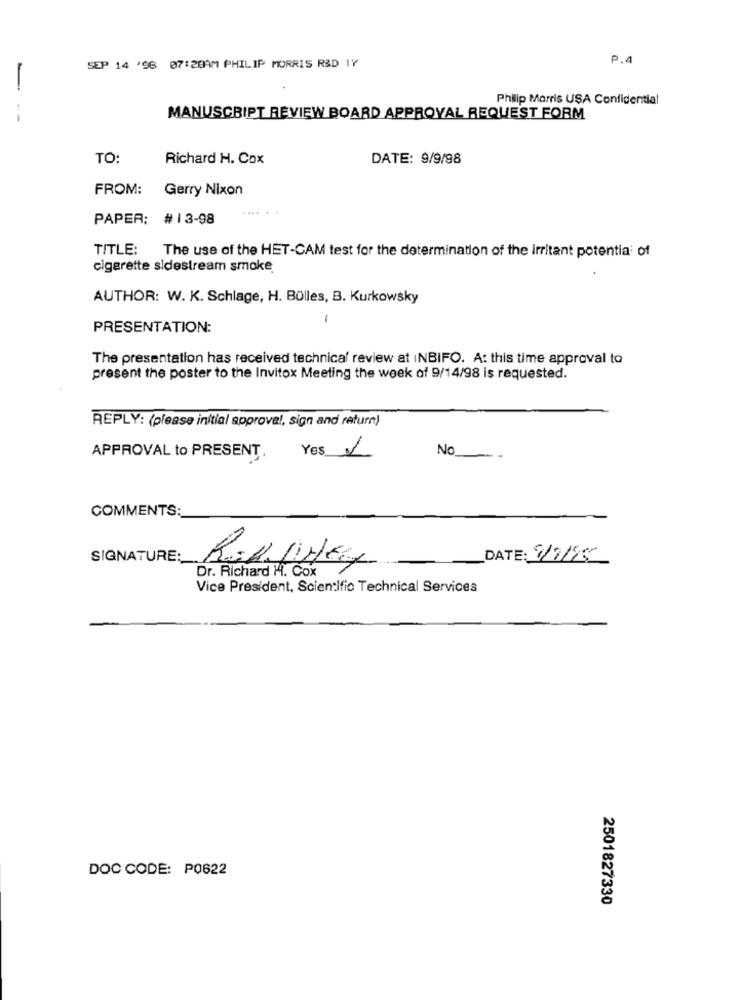
P.4
SEP 14 '96 07:20AM PHILIP MORRIS R&D IY
Philip Morris USA Confidential
--
MANUSCRIPT REVIEW BOARD APPROVAL REQUEST FORM
TO:
Richard H. Cox
DATE: 9/9/98
FROM:
Gerry Nixon
PAPER: #13-98
TITLE: The use of the HET-CAM test for the determination of the irritant potential of
cigarette sidestream smoke
AUTHOR: W. K. Schlage, H. Bülles, B. Kurkowsky
-
PRESENTATION:
The presentation has received technical review at INBIFO. A: this time approval to
present the poster to the Invitox Meeting the week of 9/14/98 is requested.
REPLY: (please initial approval, sign and return)
Yes 1
No_
APPROVAL to PRESENT.
COMMENTS:
SIGNATURE:
DATE: 1/7/95
Dr. Richard H. Cox
Vice President, Scientific Technical Services
DOC CODE: P0622
2501827330